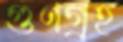
গুণগ্রহ